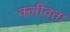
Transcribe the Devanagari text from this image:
क्लीवता